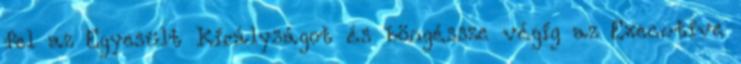
fel az Egyesült Királyságot és böngéssze végig az Executive